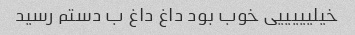
خیلیییییی خوب بود داغ داغ ب دستم رسید